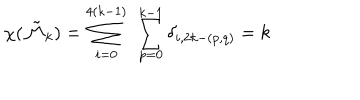
LaTeX: \chi ( \tilde { \cal M } _ { k } ) = \sum _ { i = 0 } ^ { 4 ( k - 1 ) } \ \sum _ { p = 0 } ^ { k - 1 } \delta _ { i , 2 k - ( p , q ) } = k